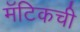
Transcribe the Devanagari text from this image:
मॅटिकची